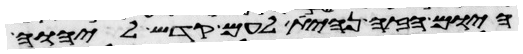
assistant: היום הזה נהית לעם קדש ליהוה